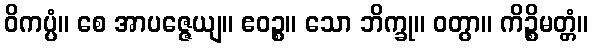
ဝိကပ္ပံ။ စေ အာပဇ္ဇေယျ။ ဧဝဉ္စ။ သော ဘိက္ခု။ ဝတွာ။ ကိဉ္စိမတ္တံ။